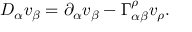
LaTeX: D _ { \alpha } v _ { \beta } = \partial _ { \alpha } v _ { \beta } - \Gamma _ { \alpha \beta } ^ { \rho } v _ { \rho } .